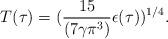
LaTeX: \begin{align*}T(\tau)=({15 \over (7 \gamma \pi^3)}{\epsilon(\tau)})^{1/4}.\end{align*}